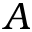
A